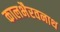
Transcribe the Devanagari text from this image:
कालभैरवनाथ